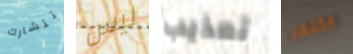
تتشارك ليس تعذيب الكنغر